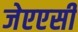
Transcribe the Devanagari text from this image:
जेएएसी